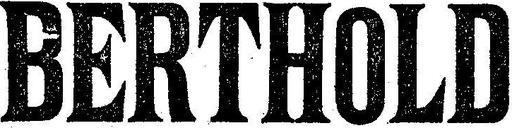
BERTHOLD